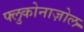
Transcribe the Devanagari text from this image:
फ्लुकोनाज़ोल